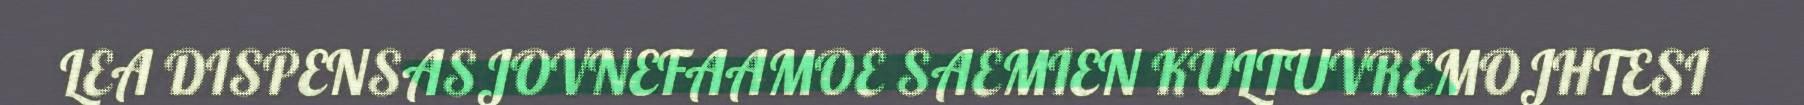
LEA DISPENSASJOVNEFAAMOE SAEMIEN KULTUVREMOJHTESI